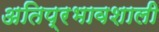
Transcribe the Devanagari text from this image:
अतिप्रभावशाली